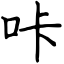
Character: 咔